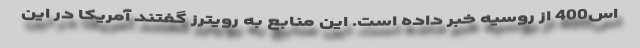
اس400 از روسیه خبر داده است. این منابع به رویترز گفتند آمریکا در این